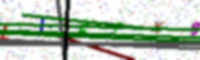
Text: LIFFX8